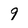
Character: 9